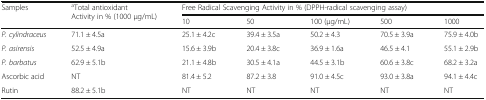
<table><thead><tr><td rowspan="2"><b>Samples</b></td><td rowspan="2"><b><sup>a</sup>Total antioxidant Activity in % (1000 μg/mL)</b></td><td colspan="5"><b>Free Radical Scavenging Activity in % (DPPH-radical scavenging assay)</b></td></tr><tr><td><b>10</b></td><td><b>50</b></td><td><b>100 (μg/mL)</b></td><td><b>500</b></td><td><b>1000</b></td></tr></thead><tbody><tr><td><i>P. cylindraceus</i></td><td>71.1 ± 4.5a</td><td>25.1 ± 4.2c</td><td>39.4 ± 3.5a</td><td>50.2 ± 4.3</td><td>70.5 ± 3.9a</td><td>75.9 ± 4.0b</td></tr><tr><td><i>P. asirensis</i></td><td>52.5 ± 4.9a</td><td>15.6 ± 3.9b</td><td>20.4 ± 3.8c</td><td>36.9 ± 1.6a</td><td>46.5 ± 4.1</td><td>55.1 ± 2.9b</td></tr><tr><td><i>P. barbatus</i></td><td>62.9 ± 5.1b</td><td>21.1 ± 4.8b</td><td>30.5 ± 4.1a</td><td>44.5 ± 3.1b</td><td>60.6 ± 3.8c</td><td>68.2 ± 3.2a</td></tr><tr><td>Ascorbic acid</td><td>NT</td><td>81.4 ± 5.2</td><td>87.2 ± 3.8</td><td>91.0 ± 4.5c</td><td>93.0 ± 3.8a</td><td>94.1 ± 4.4c</td></tr><tr><td>Rutin</td><td>88.2 ± 5.1b</td><td>NT</td><td>NT</td><td>NT</td><td>NT</td><td>NT</td></tr></tbody></table>